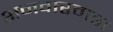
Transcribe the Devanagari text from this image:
शनवारवाडा